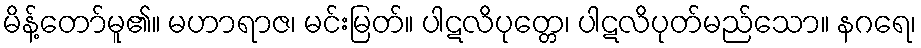
မိန့်တော်မူ၏။ မဟာရာဇ၊ မင်းမြတ်။ ပါဋလိပုတ္တေ၊ ပါဋလိပုတ်မည်သော။ နဂရေ၊